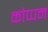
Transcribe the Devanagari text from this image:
कोप्पन